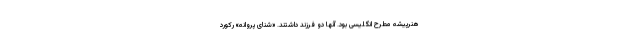
هنرپیشه مطرح انگلیسی بود. آنها دو فرزند داشتند. «شنای پروانه» رکورد